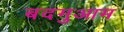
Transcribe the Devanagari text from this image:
बदमुआम